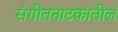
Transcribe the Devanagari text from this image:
संगीतनाटकांतील